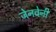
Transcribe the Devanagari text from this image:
जेनवेनी